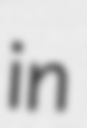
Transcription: in